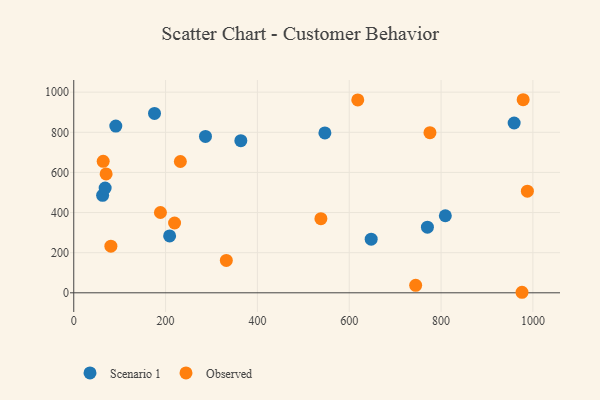
{"axis": {"x": "Speed", "y": "Salary"}, "legend": ["Observed", "Scenario 1"], "data": [{"x": "286.9", "y": 779.4, "type": "Scenario 1"}, {"x": "809.3", "y": 384.0, "type": "Scenario 1"}, {"x": "175.9", "y": 894.0, "type": "Scenario 1"}, {"x": "647.8", "y": 267.1, "type": "Scenario 1"}, {"x": "959.2", "y": 846.3, "type": "Scenario 1"}, {"x": "208.8", "y": 283.5, "type": "Scenario 1"}, {"x": "62.9", "y": 485.9, "type": "Scenario 1"}, {"x": "547.0", "y": 796.7, "type": "Scenario 1"}, {"x": "363.9", "y": 758.2, "type": "Scenario 1"}, {"x": "68.4", "y": 522.5, "type": "Scenario 1"}, {"x": "770.3", "y": 326.9, "type": "Scenario 1"}, {"x": "91.6", "y": 831.3, "type": "Scenario 1"}, {"x": "988.0", "y": 506.8, "type": "Observed"}, {"x": "976.3", "y": 2.6, "type": "Observed"}, {"x": "744.7", "y": 37.4, "type": "Observed"}, {"x": "332.3", "y": 161.2, "type": "Observed"}, {"x": "538.3", "y": 369.7, "type": "Observed"}, {"x": "70.5", "y": 592.6, "type": "Observed"}, {"x": "232.2", "y": 654.4, "type": "Observed"}, {"x": "978.8", "y": 962.4, "type": "Observed"}, {"x": "618.6", "y": 961.6, "type": "Observed"}, {"x": "80.9", "y": 232.5, "type": "Observed"}, {"x": "775.8", "y": 798.1, "type": "Observed"}, {"x": "64.1", "y": 655.4, "type": "Observed"}, {"x": "219.6", "y": 347.9, "type": "Observed"}, {"x": "188.8", "y": 400.3, "type": "Observed"}]}